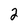
Character: 2